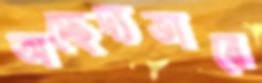
অচ্ছেদ্যভাবে